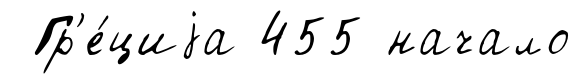
Гр'е́циjа 455 начало